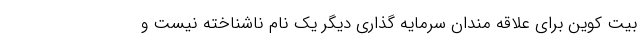
بیت کوین برای علاقه مندان سرمایه گذاری دیگر یک نام ناشناخته نیست و